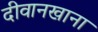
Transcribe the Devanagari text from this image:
दीवानखाना